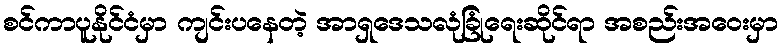
စင်ကာပူနိုင်ငံမှာ ကျင်းပနေတဲ့ အာရှဒေသလုံခြုံရေးဆိုင်ရာ အစည်းအဝေးမှာ